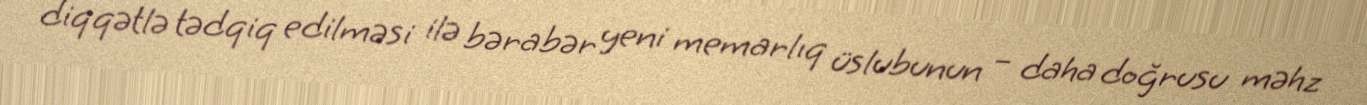
diqqətlə tədqiq edilməsi ilə bərabər yeni memarlıq üslubunun – daha doğrusu məhz